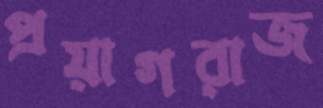
প্রয়াগরাজ